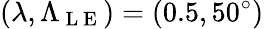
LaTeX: (\lambda,\Lambda_{\mathrm{~L~E~}})=(0.5,50^{\circ})